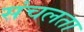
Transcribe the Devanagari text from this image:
संचलता